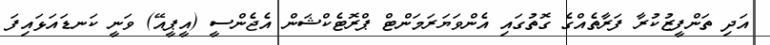
އަދި ތަންފީޒުކުރާ ފަރާތެއްގެ ގޮތުގައި އެންވަޔަރަމަންޓް ޕްރޮޓެކްޝަން އެޖެންސީ (އީޕީއޭ) ވަނީ ކަނޑައަޅައިފަ